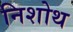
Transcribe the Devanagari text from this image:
निशोथ